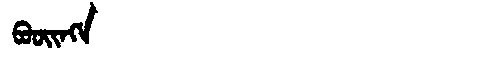
Manchu: ᠪᠣᠣᡳᠩᡝ
Romanization: BOOINGE